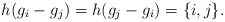
\begin{align*}h(g_i-g_j)=h(g_j-g_i)=\{i,j\}.\end{align*}